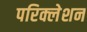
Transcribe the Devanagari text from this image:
परिक्लेशन